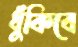
ধুঁকিবে